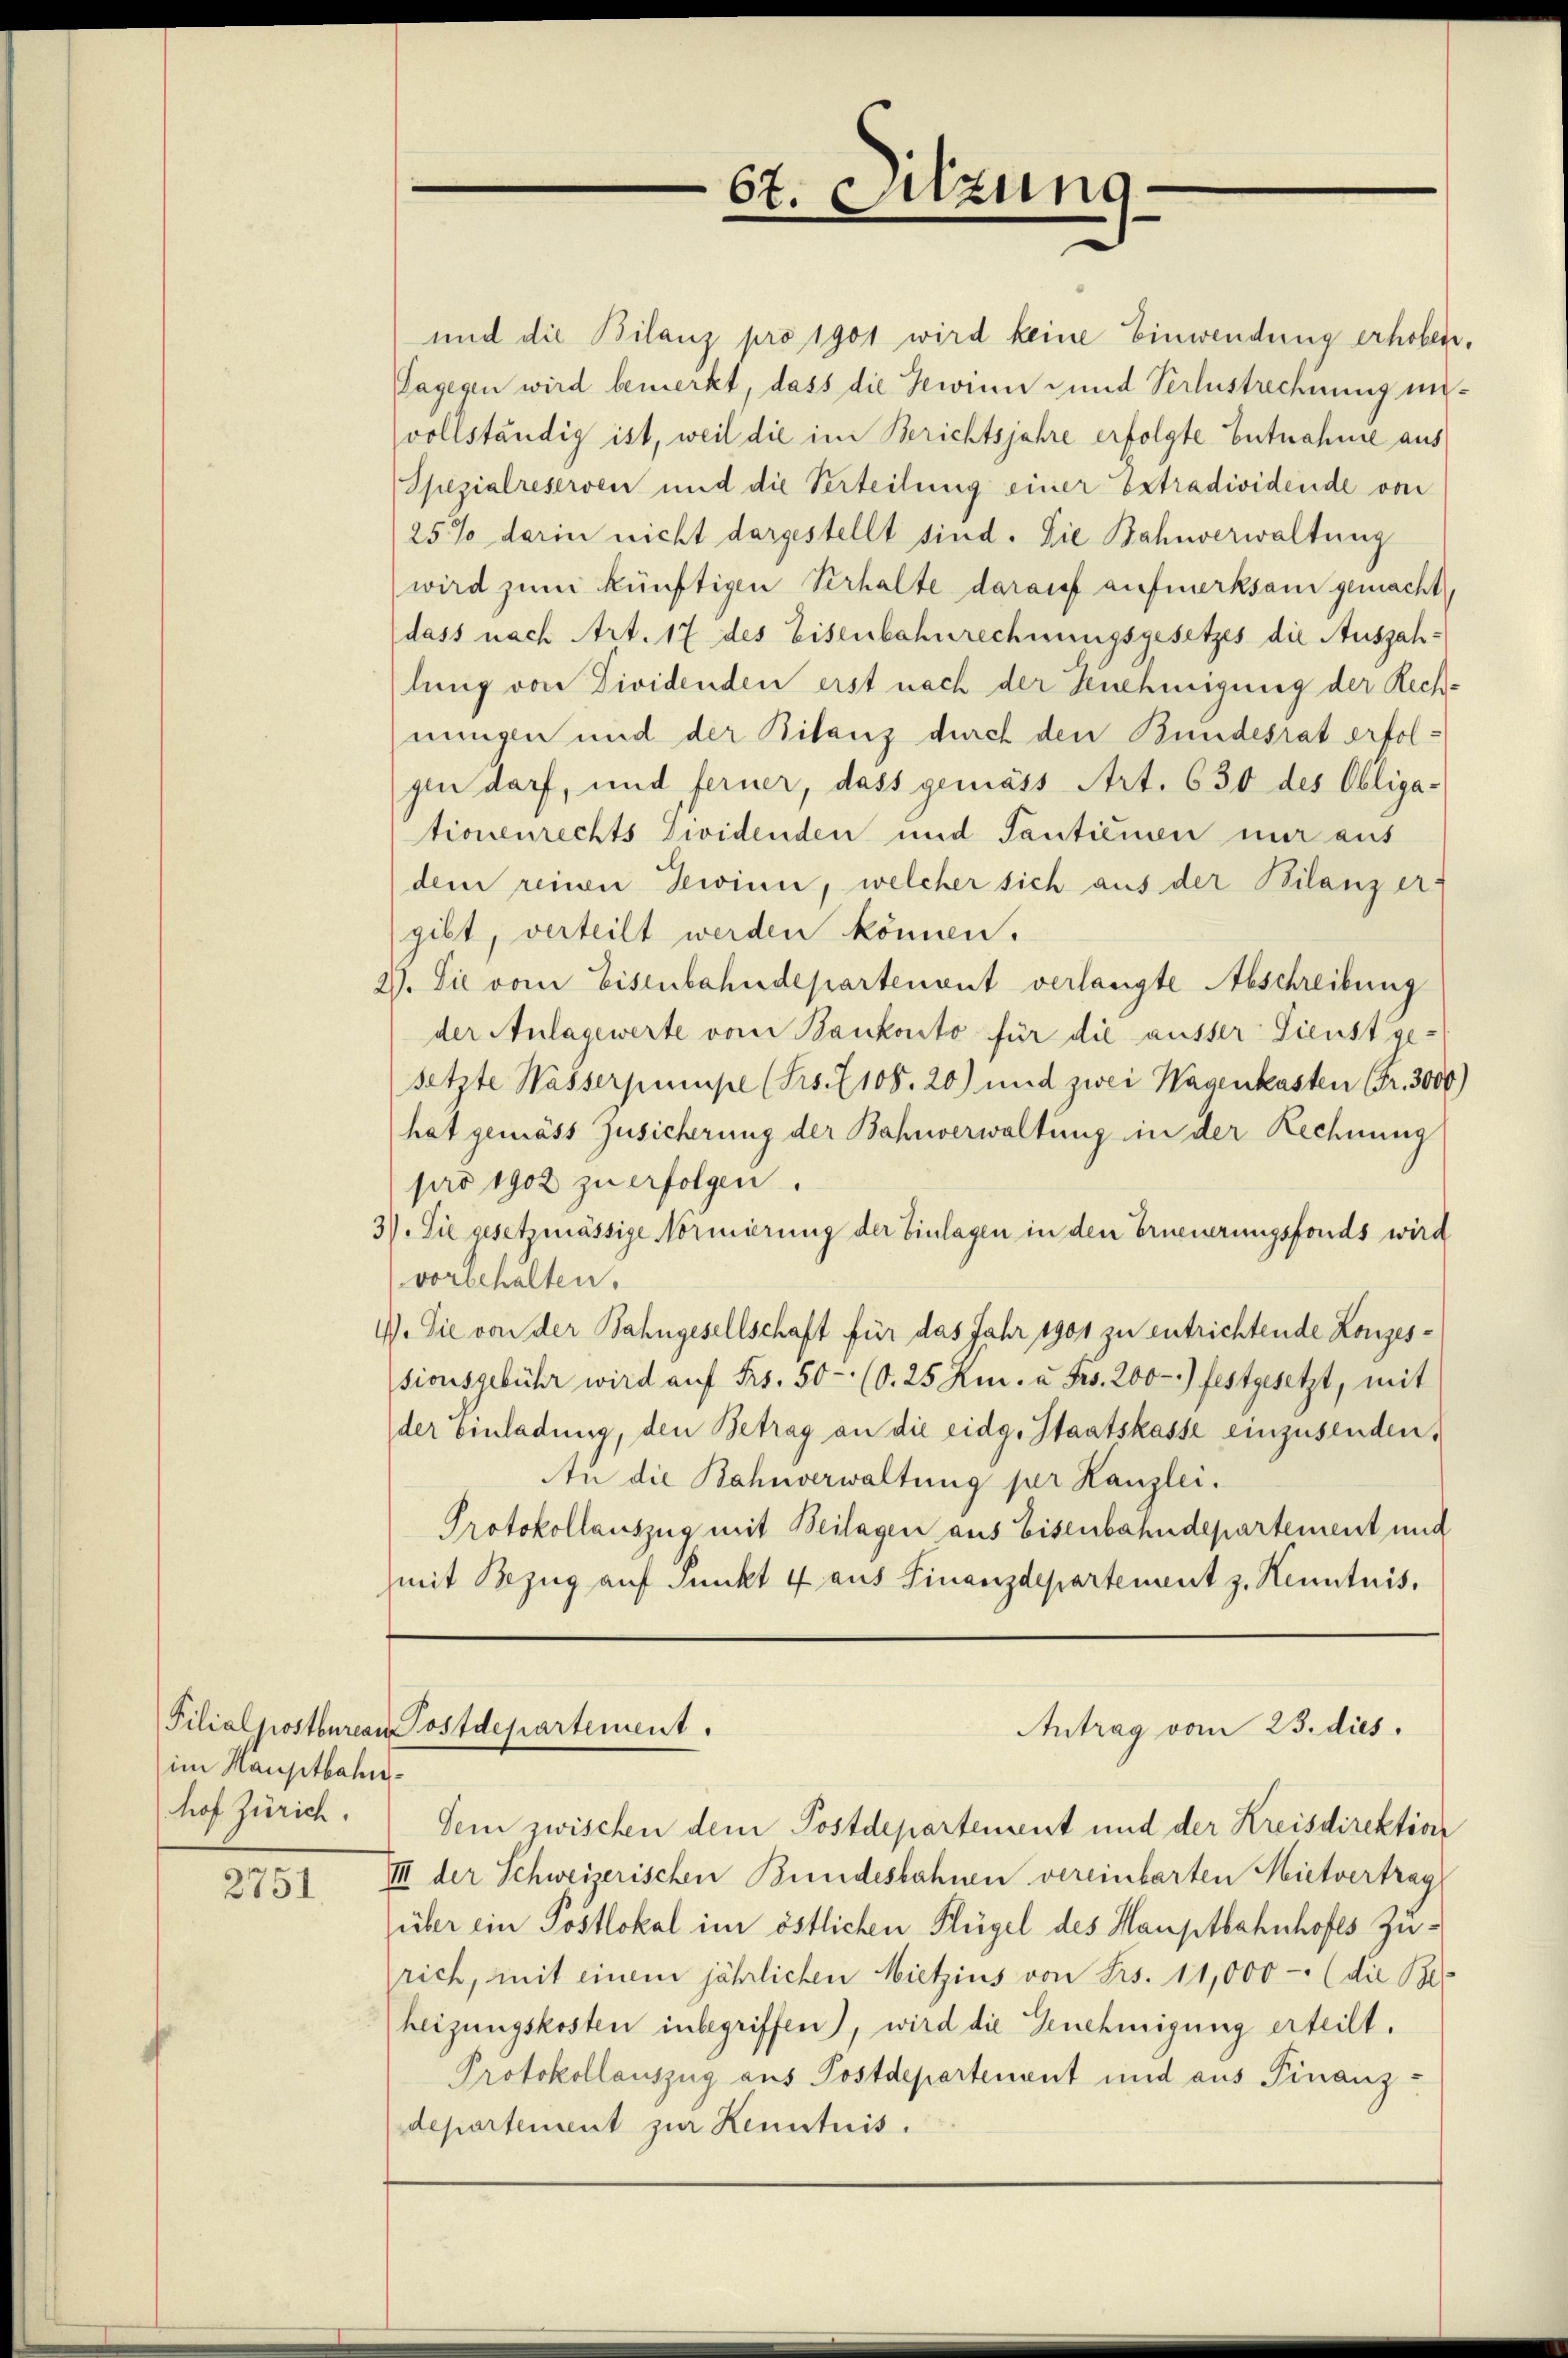
im Hauptbahnhof Zürich.

2751

67. Sitzung

und die Bilanz pro 1901 wird keine Einwendung erhoben,
Dagegen wird bemerkt, dass die Gewinn und Verlustrechnung unvollständig ist, weil die im Berichtsjahre erfolgte Entnahme aus
Spezialreserven und die Verteilung einer Extradividende von
25% darin nicht dargestellt sind. Die Bahnverwaltung
wird zum künftigen Verhalte darauf aufmerksam gemacht,
dass nach Art. 17 des Eisenbahnrechnungsgesetzes die Auszahlung von Dividenden erst nach der Genehmigung der Rechnungen und der Bilanz durch den Bundesrat erfolgin darf, und ferner, dass gemäss Art. 630 des Obliga-
tionenrechts Zwidenden und Tantiemen nur aus
dem reinen Gewinn, welcher sich aus der Bilanz er-
gibt, verteilt werden können.
29. Sie vom Eisenbahndepartenant verlangte Abschreibung
der Anlagewerte vom Bankonto für die äusser Dienst ge-
setzte Wasserpumpe (Frs. 108. 20) und zwei Wagenkasten (Fr. 3000.
hat gemäss Zusicherung der Bahnverwaltung in der Rechnung
pro 1902 zu erfolgen.
3) Sie gesetzmässige Normierung der Einlagen in den Erneuerungsfonds wird
vorbehalten.
1). Sie von der Bahngesellschaft für das Jahr 1901 zu entrichtende Lonzessionsgebühr wird aŭf Frs. 50 - (O. 25 Km. u. Fr. 200 - 1) festgesetzt, mit
der Einladung, den Betrag an die eidg. Staatskasse einzusenden,
An die Bahnverwaltung per Kanzlei.
Protokollauszug mit Beilagen aus Eisenbahndepartement und
mit Bezug auf Punkt 4 aus Finanzdepartement z. Henntnis.

Filialpostburean Postdepartement.
Antrag vom 23. dies

Sein zwischen dem Postdepartement und der Kreisdirektion
III der Schweizerischen Bundesbahnen vereinbarten Mietvertrag
über ein Postlokal im östlichen Flügel des Hauptbahnhofes Zürich, mit einem jährlichen Mietzius von Frs. 11,000 - (die Be
heizungskosten inbegriffen), wird die Genehmigung erteilt.
Protokollauszug aus Postdepartement und aus Finanz-
departement zur Kenntnis.